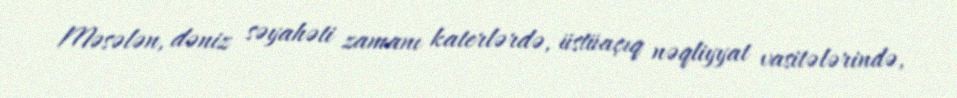
Məsələn, dəniz səyahəti zamanı katerlərdə, üstüaçıq nəqliyyat vasitələrində,